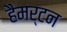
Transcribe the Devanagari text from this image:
हैमर्टन